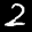
Label: 2